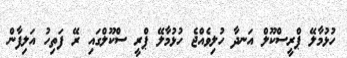
ހުޅުމާލޭ ޕްރީސްކޫލް އަނދާ ހުލިވެއްޖެ ހުޅުމާލޭ ޕްރީ ސްކޫލްގައި ރޭ ފަތިހު އަލިފާން